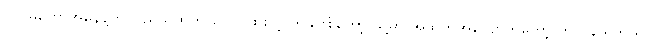
တပ်မတော်အနေနဲ့က ပြည်သူထဲက ပေါက်ဖွားတဲ့ တခုဖြစ်တော့ သူ့မှာ အထိုက်အလျောက်တော့ တာဝန် ရှိတယ်။